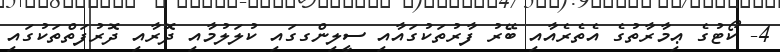
4- ކޯޓުގެ ޢިމާރާތުގެ އެތެރެއާއި ބޭރު ފާރުތަކުގައާއި ސީލިންގގައި ކުލަލުމާއި ދޮރާއި ދޮރުފަތްތަކުގައި